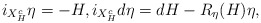
\begin{align*}i_{X^c_H}\eta=-H, i_{X^c_H}d\eta=dH-R_\eta(H)\eta,\end{align*}